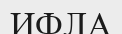
ИФЛА